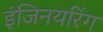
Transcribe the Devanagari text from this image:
इंजिनयरिंग